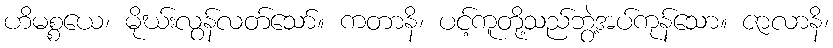
ဟိမစ္စယေ၊ မိုဃ်းလွန်လတ်သော်။ ကတာနိ၊ ပင့်ကူတို့သည်ဘွဲ့အပ်ကုန်သော။ ဇာလာနိ၊